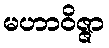
မဟာဝိဇ္ဇာ